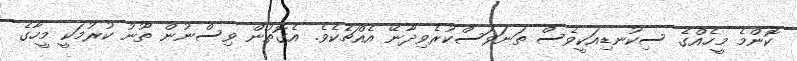
ކޮންމެ މީހެއްގެ ސިކުނޑިއަކީވެސް ތަނަވަސްކުރެވިދާނޭ އެއްޗެކެވެ. އެގޮތުން ވިސްނުން ތޫނު ކުރުމަކީ މީހާގެ